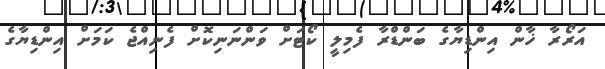
އަރޯރާ ޚާން އިންޑިޔާގެ ބަންޑްރާ ފެމިލީ ކޯޓަށް ވަންނަނިކޮށް ފެނިއްޖެ ކަމަށް އިންޑިޔާގެ